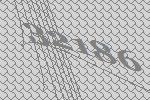
32186